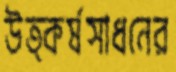
উত্কর্ষসাধনের